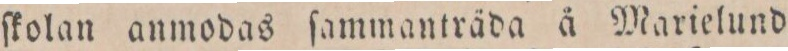
ſkolan anmodas ſammanträda å Marielund